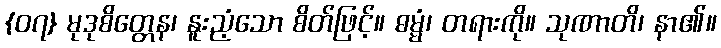
{၀၇} မုဒုစိတ္တေန၊ နူးညံ့သော စိတ်ဖြင့်။ ဓမ္မံ၊ တရားကို။ သုဏာတိ၊ နာ၏။